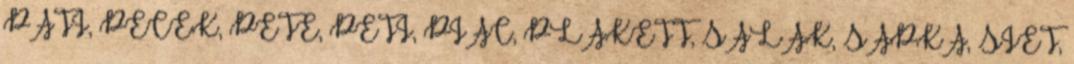
PATI, PECEK, PETE, PETI, PIAC, PLAKETT, SALAK, SAPKA, SIET,